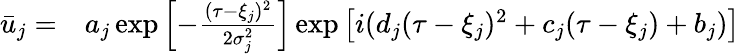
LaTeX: \begin{array}{rl}{\bar{u}_{j}=}&{{}a_{j}\exp\left[-\frac{(\tau-\xi_{j})^{2}}{2\sigma_{j}^{2}}\right]\exp\left[i(d_{j}(\tau-\xi_{j})^{2}+c_{j}(\tau-\xi_{j})+b_{j})\right]}\end{array}